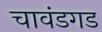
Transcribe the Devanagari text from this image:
चावंडगड